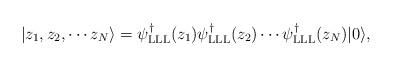
LaTeX: \begin{align*}| z_1, z_2, \cdots z_N \rangle = \psi^\dag_{\rm LLL} (z_1) \psi^\dag_{\rm LLL} (z_2) \cdots \psi^\dag_{\rm LLL}(z_N) | 0 \rangle ,\end{align*}